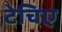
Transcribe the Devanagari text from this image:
टेचिए